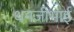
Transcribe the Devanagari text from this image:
धनजीभाई